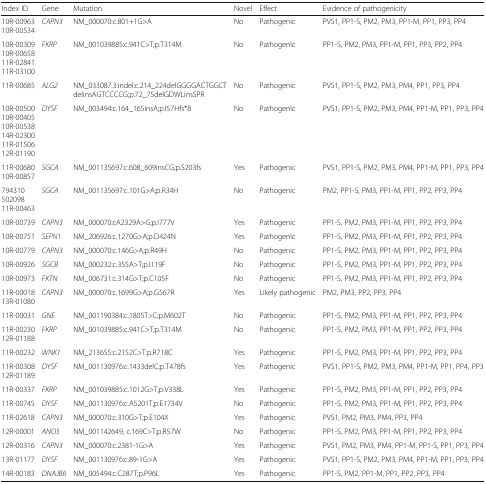
<table><thead><tr><td><b>Index ID</b></td><td><b>Gene</b></td><td><b>Mutation</b></td><td><b>Novel</b></td><td><b>Effect</b></td><td><b>Evidence of pathogenicity</b></td></tr></thead><tbody><tr><td>10R-0096310R-00534</td><td><i>CAPN3</i></td><td>NM_000070:c.801+1G&gt;A</td><td>No</td><td>Pathogenic</td><td>PVS1, PP1-S, PM2, PM3, PP1-M, PP1, PP3, PP4</td></tr><tr><td>10R-0030910R-0065811R-0284111R-03100</td><td><i>FKRP</i></td><td>NM_001039885:c.941C&gt;T;p.T314M</td><td>No</td><td>Pathogenic</td><td>PP1-S, PM2, PM3, PP1-M, PP1, PP3, PP2, PP4</td></tr><tr><td>11R-00685</td><td><i>ALG2</i></td><td>NM_033087.3:indel:c.214_224delGGGGACTGGCTdelinsAGTCCCCG;p.72_75delGDWLinsSPR</td><td>No</td><td>Pathogenic</td><td>PVS1, PP1-S, PM2, PM3, PM4, PP1, PP3, PP4</td></tr><tr><td>10R-0050010R-0040510R-0053814R-0230011R-0150612R-01190</td><td><i>DYSF</i></td><td>NM_003494:c.164_165insA;p.I57Hfs*8</td><td>No</td><td>Pathogenic</td><td>PVS1, PP1-S, PM2, PM3, PM4, PP1-M, PP1, PP3, PP4</td></tr><tr><td>11R-0068010R-00857</td><td><i>SGCA</i></td><td>NM_001135697:c.608_609insCG;p.S203fs</td><td>Yes</td><td>Pathogenic</td><td>PVS1, PP1-S, PM2, PM3, PM4, PP1-M, PP1, PP3, PP4</td></tr><tr><td>79431050209811R-00463</td><td><i>SGCA</i></td><td>NM_001135697:c.101G&gt;A;p.R34H</td><td>No</td><td>Pathogenic</td><td>PM2, PP1-S, PM3, PP1-M, PP1, PP2, PP3, PP4</td></tr><tr><td>10R-00739</td><td><i>CAPN3</i></td><td>NM_000070:cA2329A&gt;G;p.I777V</td><td>Yes</td><td>Pathogenic</td><td>PP1-S, PM2, PM3, PP1-M, PP1, PP2, PP3, PP4</td></tr><tr><td>10R-00751</td><td><i>SEPN1</i></td><td>NM_206926:c.1270G&gt;A;p.D424N</td><td>Yes</td><td>Pathogenic</td><td>PP1-S, PM2, PM3, PP1-M, PP1, PP2, PP3, PP4</td></tr><tr><td>10R-00779</td><td><i>CAPN3</i></td><td>NM_000070:c.146G&gt;A;p.R49H</td><td>No</td><td>Pathogenic</td><td>PP1-S, PM2, PM3, PP1-M, PP1, PP2, PP3, PP4</td></tr><tr><td>10R-00926</td><td><i>SGCB</i></td><td>NM_000232:c.355A&gt;T;p.I119F</td><td>No</td><td>Pathogenic</td><td>PP1-S, PM2, PM3, PP1-M, PP1, PP2, PP3, PP4</td></tr><tr><td>10R-00973</td><td><i>FKTN</i></td><td>NM_006731:c.314G&gt;T;p.C105F</td><td>No</td><td>Pathogenic</td><td>PP1-S, PM2, PM3, PP1-M, PP1, PP2, PP3, PP4</td></tr><tr><td>11R-0001813R-01080</td><td><i>CAPN3</i></td><td>NM_000070:c.1699G&gt;A;p.G567R</td><td>Yes</td><td>Likely pathogenic</td><td>PM2, PM3, PP2, PP3, PP4</td></tr><tr><td>11R-00031</td><td><i>GNE</i></td><td>NM_001190384:c.1805T&gt;C;p.M602T</td><td>No</td><td>Pathogenic</td><td>PP1-S, PM2, PM3, PP1-M, PP1, PP2, PP3, PP4</td></tr><tr><td>11R-0023012R-01188</td><td><i>FKRP</i></td><td>NM_001039885:c.941C&gt;T;p.T314M</td><td>No</td><td>Pathogenic</td><td>PP1-S, PM2, PM3, PP1-M, PP1, PP2, PP3, PP4</td></tr><tr><td>11R-00232</td><td><i>WNK1</i></td><td>NM_213655:c.2152C&gt;T:p.R718C</td><td>Yes</td><td>Pathogenic</td><td>PP1-S, PM2, PM3, PP1-M, PP1, PP2, PP3, PP4</td></tr><tr><td>11R-0030812R-01189</td><td><i>DYSF</i></td><td>NM_001130976:c.1433delC;p.T478fs</td><td>Yes</td><td>Pathogenic</td><td>PVS1, PP1-S, PM2, PM3, PM4, PP1-M, PP1, PP4, PP3</td></tr><tr><td>11R-00337</td><td><i>FKRP</i></td><td>NM_001039885:c.1012G&gt;T;p.V338L</td><td>Yes</td><td>Pathogenic</td><td>PP1-S, PM2, PM3, PP1-M, PP1, PP2, PP3, PP4</td></tr><tr><td>11R-00745</td><td><i>DYSF</i></td><td>NM_001130976:c.A5201T;p.E1734V</td><td>No</td><td>Pathogenic</td><td>PP1-S, PM2, PM3, PP1-M, PP1, PP2, PP3, PP4</td></tr><tr><td>11R-02618</td><td><i>CAPN3</i></td><td>NM_000070:c.310G&gt;T;p.E104X</td><td>Yes</td><td>Pathogenic</td><td>PVS1, PM2, PM3, PM4, PP3, PP4</td></tr><tr><td>12R-00001</td><td><i>ANO5</i></td><td>NM_001142649, c.169C&gt;T;p.R57W</td><td>No</td><td>Pathogenic</td><td>PP1-S, PM2, PM3, PP1-M, PP1, PP2, PP3, PP4</td></tr><tr><td>12R-00316</td><td><i>CAPN3</i></td><td>NM_000070:c.2381-1G&gt;A</td><td>Yes</td><td>Pathogenic</td><td>PVS1, PM2, PM3, PM4, PP1-M, PP1-S, PP1, PP3, PP4</td></tr><tr><td>13R-01177</td><td><i>DYSF</i></td><td>NM_001130976:c.89-1G&gt;A</td><td>Yes</td><td>Pathogenic</td><td>PVS1, PP1-S, PM2, PM3, PM4, PP1-M, PP1, PP3, PP4</td></tr><tr><td>14R-00183</td><td><i>DNAJB6</i></td><td>NM_005494:c.C287T;p.P96L</td><td>Yes</td><td>Pathogenic</td><td>PP1-S, PM2, PP1-M, PP1, PP2, PP3, PP4</td></tr></tbody></table>